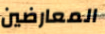
المعارضين